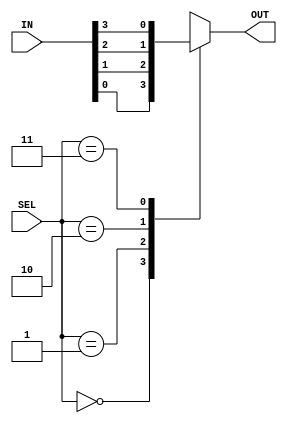
module _mux41(IN,SEL,OUT);
	input [3:0]IN;
	input [1:0]SEL;
	output OUT;
	reg OUT;
	
	always@(IN or SEL)
//		OUT = SEL[0] ? (SEL[1] ? IN[3]:IN[1]) :
//							(SEL[1] ? IN[2]:IN[0]);
		case(SEL)
			2'b00: OUT = IN[0];
			2'b01: OUT = IN[1];
			2'b10: OUT = IN[2];
			2'b11: OUT = IN[2'b11];
			default: OUT = 1'bZ;
		endcase



//		if(SEL[0])
//			if(SEL[1])
//				OUT = IN[3];
//			else
//				OUT = IN[1];
//		else
//			if(SEL[1])
//				OUT = IN[2];
//			else
//				OUT = IN[0];
		
		
		
		
	
//	always@(IN or SEL)
//		OUT = SEL[0] ? (SEL[1] ? IN[3]:IN[1]) :
//								 (SEL[1] ? IN[2]:IN[0]);
//	
//	assign OUT = SEL[0] ? (SEL[1] ? IN[3]:IN[1]) :
//								 (SEL[1] ? IN[2]:IN[0]);
	
//	assign OUT = SEL[1] ? (SEL[0] ? IN[3]:IN[2]) :
//								 (SEL[0] ? IN[1]:IN[0]);
//	
//	assign OUT = ~SEL[1] ? (~SEL[0] ? IN[0]:IN[1]) :
//								  (~SEL[0] ? IN[2]:IN[3]);
	
//	assign OUT = 	(SEL == 2'b00) ? IN[0]:
//						(SEL == 2'b01) ? IN[1]:
//						(SEL == 2'b10) ? IN[2]:IN[3];
	
endmodule